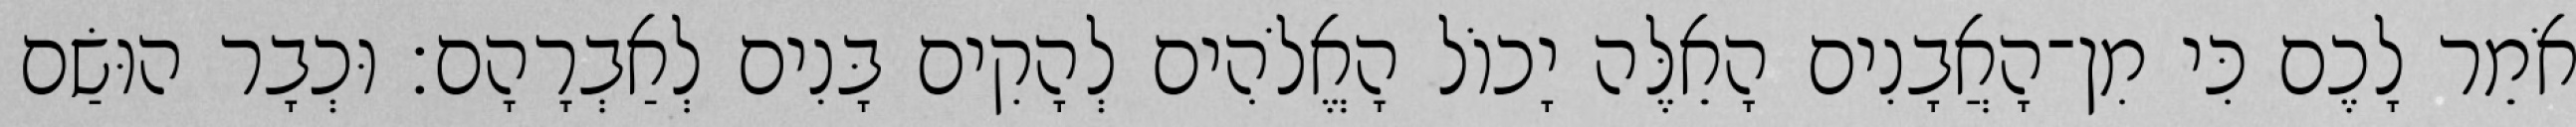
אֹמֵר לָכֶם כִּי מִן־הָאֲבָנִים הָאֵלֶּה יָכוֹל הָאֱלֹהִים לְהָקִים בָּנִים לְאַבְרָהָם׃ וּכְבָר הוּשַׂם